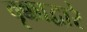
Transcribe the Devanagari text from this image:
वृक्काद्वारे